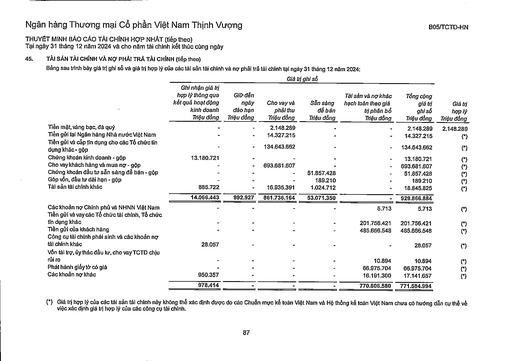
||||Giá trị ghi sổ||||| |---|---|---|---|---|---|---|---| ||Ghi nhận giá trị hợp lý thông qua kết quả hoạt động kinh doanh Triệu đồng|Giữ đến ngày đáo hạn Triệu đồng|Cho vay và phải thu Triệu đồng|Sẵn sàng để bán Triệu đồng|Tài sản và nợ khác hạch toán theo giá trị phân bổ Triệu đồng|Tổng cộng giá trị ghi sổ Triệu đồng|Giá trị hợp lý Triệu đồng| |Tiền mặt, vàng bạc, đá quý|-|-|2.148.289|-|-|2.148.289|2.148.289| |Tiền gửi tại Ngân hàng Nhà nước Việt Nam|-|-|14.327.215|-|-|14.327.215|(*)| |Tiền gửi và cấp tín dụng cho các Tổ chức tín dụng khác - gộp|-|-|134.643.662|-|-|134.643.662|(*)| |Chứng khoán kinh doanh - gộp|13.180.721|-|-|-|-|13.180.721|(*)| |Cho vay khách hàng và mua nợ - gộp|-|-|693.681.607|-|-|693.681.607|(*)| |Chứng khoán đầu tư sẵn sàng để bán - gộp|-|-|-|51.857.428|-|51.857.428|(*)| |Góp vốn, đầu tư dài hạn - gộp|-|-|-|189.210|-|189.210|(*)| |Tài sản tài chính khác|885.722|-|16.935.391|1.024.712|-|18.845.825|(*)| ||14.066.443|992.927|861.736.164|53.071.350|-|929.866.884|| |Các khoản nợ Chính phủ và NHNN Việt Nam|-|-|-|-|5.713|5.713|(*)| |Tiền gửi và vay các Tổ chức tài chính, Tổ chức tín dụng khác|-|-|-|-|201.756.421|201.756.421|(*)| |Tiền gửi của khách hàng|-|-|-|-|485.666.548|485.666.548|(*)| |Công cụ tài chính phái sinh và các khoản nợ tài chính khác|28.057|-|-|-|-|28.057|(*)| |Vốn tài trợ, ủy thác đầu tư, cho vay TCTD chịu rủi ro|-|-|-|-|10.894|10.894|(*)| |Phát hành giấy tờ có giá|-|-|-|-|66.975.704|66.975.704|(*)| |Các khoản nợ khác|950.357|-|-|-|16.191.300|17.141.657|(*)| ||978.414|-|-|-|770.606.580|771.584.994|| summarize: Báo cáo tài chính chi tiết về tài sản và nợ tài chính của ngân hàng, bao gồm các khoản tiền gửi, cho vay, chứng khoán và các công cụ tài chính khác tại ngày 31/12/2024 metadata: {'company': 'Ngân hàng Thương mại Cổ phần Việt Nam Thịnh Vượng', 'report_type': 'Báo cáo tài chính hợp nhất', 'report_date': '31/12/2024', 'statement': 'Thuyết minh tài sản và nợ tài chính', 'form_name': 'B05/TCTD-HN', 'period': 'Năm 2024'}